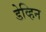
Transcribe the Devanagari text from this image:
डेव्हिन